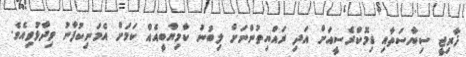
ޚާރިޖީ ސިޔާސަތާއި ޑިމޮކްރެސީއަށް އަދި ރައްޔިތުންނަށް ލިބުނު ކާމިޔާބީއެއް ކަމަށް އެމަނިކުފާނު ވިދާޅުވިއެވެ.